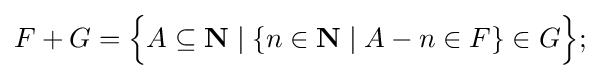
F+G={\Big \{}A\subseteq \mathbf {N} \mid \{n\in \mathbf {N} \mid A-n\in F\}\in G{\Big \}};